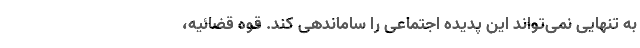
به تنهایی نمی‌تواند این پدیده اجتماعی را ساماندهی کند. قوه قضائیه،